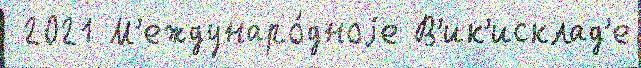
 2021 М'еждунаро́дноjе В'ик'исклад'е